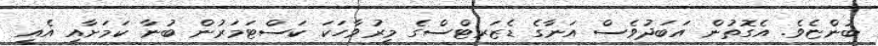
ބުންޏެވެ. އެގޮތުން އަބަދުވެސް އަނާގެ ޑެޒަރޓްސްގެ މީރުވާހަކަ ކަސްޓަމަރުން ބުނާ ކަމަށާއި އެއީ